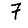
Digit: 7